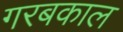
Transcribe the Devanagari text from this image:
गरबकाल